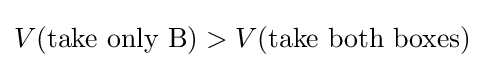
V({\text{take only B}})>V({\text{take both boxes}})